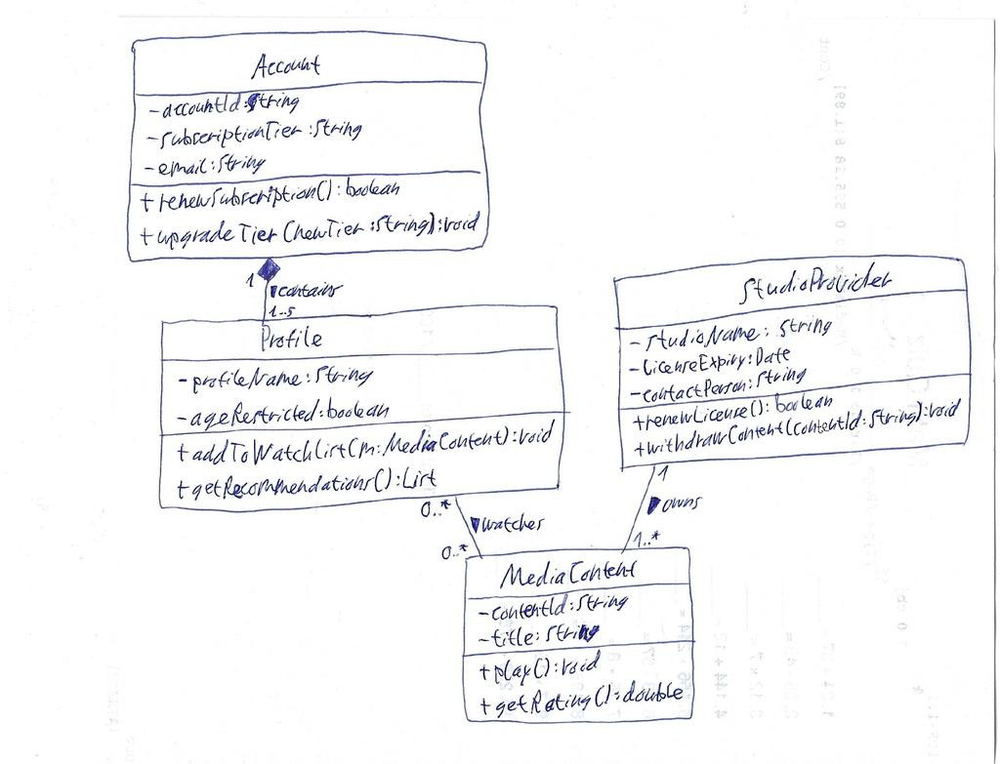
Diagram type: class_diagram
```plantuml
@startuml

class Account {
    - accountId: String
    - subscriptionTier: String
    - email: String
    + renewSubscription(): boolean
    + upgradeTier(newTier: String): void
}

class Profile {
    - profileName: String
    - ageRestricted: boolean
    + addToWatchlist(m: MediaContent): void
    + getRecommendations(): List
}

class MediaContent {
    - contentId: String
    - title: String
    + play(): void
    + getRating(): double
}

class StudioProvider {
    - studioName: String
    - licenseExpiry: Date
    - contactPerson: String
    + renewLicense(): boolean
    + withdrawContent(contentId: String): void
}

Account "1" *-- "1..5" Profile : contains >
Profile "0..*" -- "0..*" MediaContent : watches >
StudioProvider "1" -- "1..*" MediaContent : owns >

@enduml
```